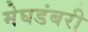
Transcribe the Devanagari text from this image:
मेघडंबरी